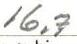
16,7